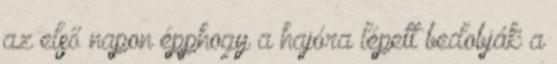
az első napon épphogy a hajóra lépett bedobják a